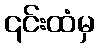
၎င်းထံမှ